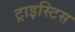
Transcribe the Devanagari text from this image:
ट्राइस्टिस